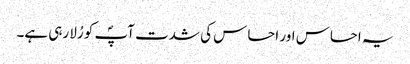
یہ احساس اور احساس کی شدت آپؐ کو رُلا رہی ہے۔